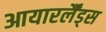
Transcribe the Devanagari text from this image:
आयारर्लैंड्स